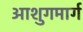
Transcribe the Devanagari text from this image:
आशुगमार्ग